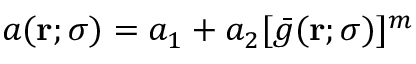
a ( \mathbf { r } ; \sigma ) = a _ { 1 } + a _ { 2 } [ \bar { g } ( \mathbf { r } ; \sigma ) ] ^ { m }